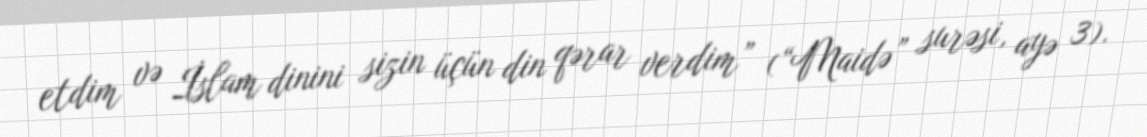
etdim və İslam dinini sizin üçün din qərar verdim” (“Maidə” surəsi, ayə 3).